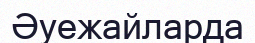
Әуежайларда